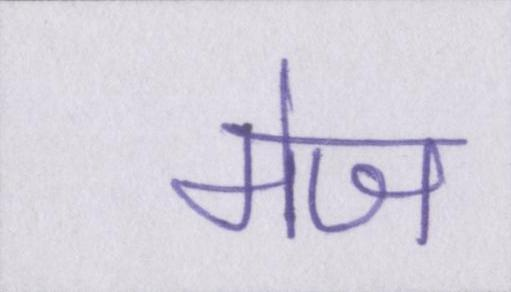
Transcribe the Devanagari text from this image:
मेज